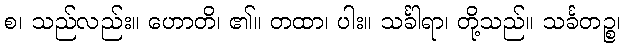
စ၊ သည်လည်း။ ဟောတိ၊ ၏။ တထာ၊ ပါး။ သင်္ခါရာ၊ တို့သည်။ သင်္ခတဉ္စ၊